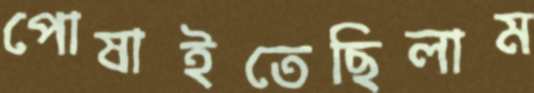
পোষাইতেছিলাম